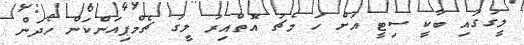
ލީގުގައި ބާކީ ސިޓީ އަށް ހަ މެޗު އޮތްއިރު ލީގު ޗެމްޕިއަންކަން ހޯދަން